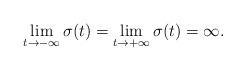
LaTeX: \begin{align*}\lim_{t \rightarrow -\infty} \sigma(t)=\lim_{t \rightarrow+ \infty} \sigma(t)=\infty.\end{align*}